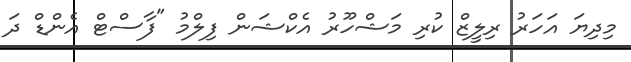
މިދިޔަ އަހަރު ރިލީޒް ކުރި މަޝްހޫރު އެކްޝަން ފިލްމު "ފާސްޓް އެންޑް ދަ